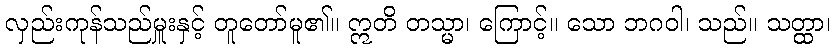
လှည်းကုန်သည်မှူးနှင့် တူတော်မူ၏။ ဣတိ တသ္မာ၊ ကြောင့်။ သော ဘဂဝါ၊ သည်။ သတ္ထာ၊